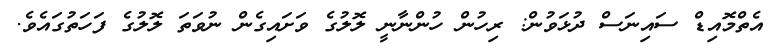
އެތްމޮއިޑް ސައިނަސް ދުޅަވުން: ރިހުން ހުންނާނީ ލޮލުގެ ވަށައިގެން ނުވަތަ ލޮލުގެ ފަހަތުގައެވެ.